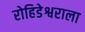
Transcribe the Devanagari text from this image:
रोहिडेश्वराला